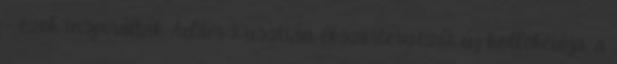
– ezek inspirálták Ádám Krisztián ékszertervezőt új kollekciója, a